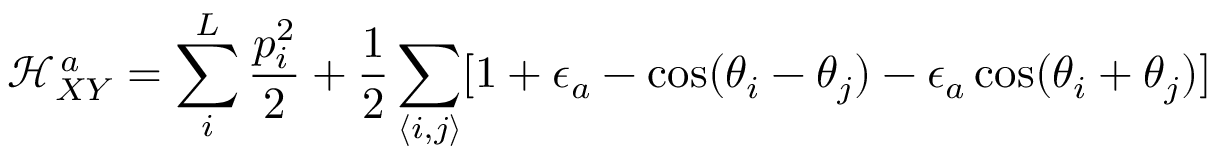
\mathcal { H } _ { X Y } ^ { \, a } = \sum _ { i } ^ { L } \frac { p _ { i } ^ { 2 } } { 2 } + \frac { 1 } { 2 } \sum _ { \langle i , j \rangle } [ 1 + \epsilon _ { a } - \cos ( \theta _ { i } - \theta _ { j } ) - \epsilon _ { a } \cos ( \theta _ { i } + \theta _ { j } ) ]